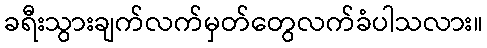
ခရီးသွားချက်လက်မှတ်တွေလက်ခံပါသလား။